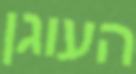
העוגן